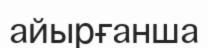
айырғанша